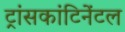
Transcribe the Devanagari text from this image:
ट्रांसकांटिनेंटल